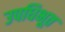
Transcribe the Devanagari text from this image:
उपधिभूत